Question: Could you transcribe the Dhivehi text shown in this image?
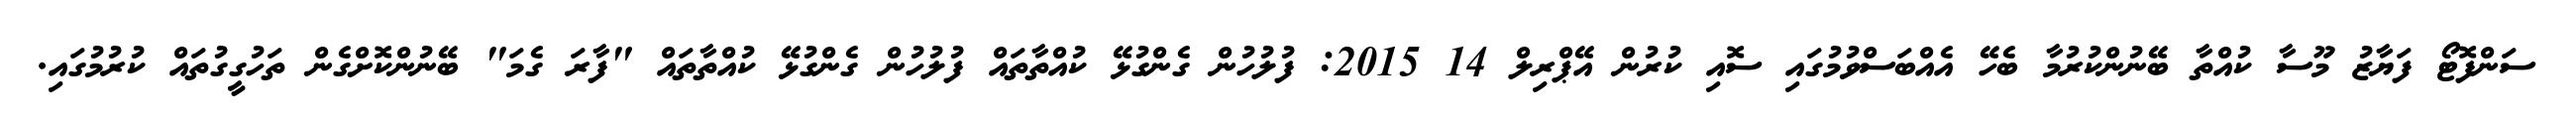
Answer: ސަންފޮޓޯ ފަޔާޒު މޫސާ ކުއްތާ ބޭނުންކުރުމާ ބެހޭ އެއްބަސްވުމުގައި ސޮއި ކުރުން އޭޕްރިލް 14 2015: ފުލުހުން ގެންގުޅޭ ކުއްތާތައް ފުލުހުން ގެންގުޅޭ ކުއްތާތައް "ފާރަ ގެމަ" ބޭނުންކޮށްގެން ތަހުގީގުތައް ކުރުމުގައި.